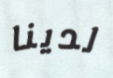
لدينا